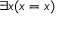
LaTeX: \exists x ( x = x )